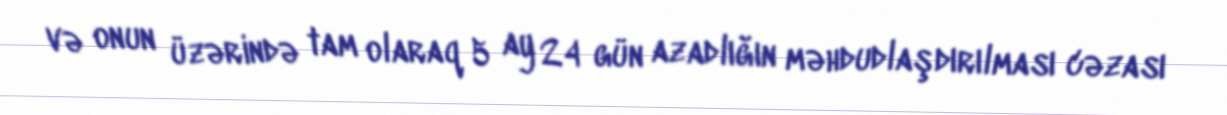
və onun üzərində tam olaraq 5 ay 24 gün azadlığın məhdudlaşdırılması cəzası